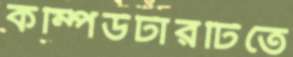
কম্পিউটারটিতে